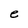
Character: e